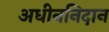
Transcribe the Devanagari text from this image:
अधीननिदान